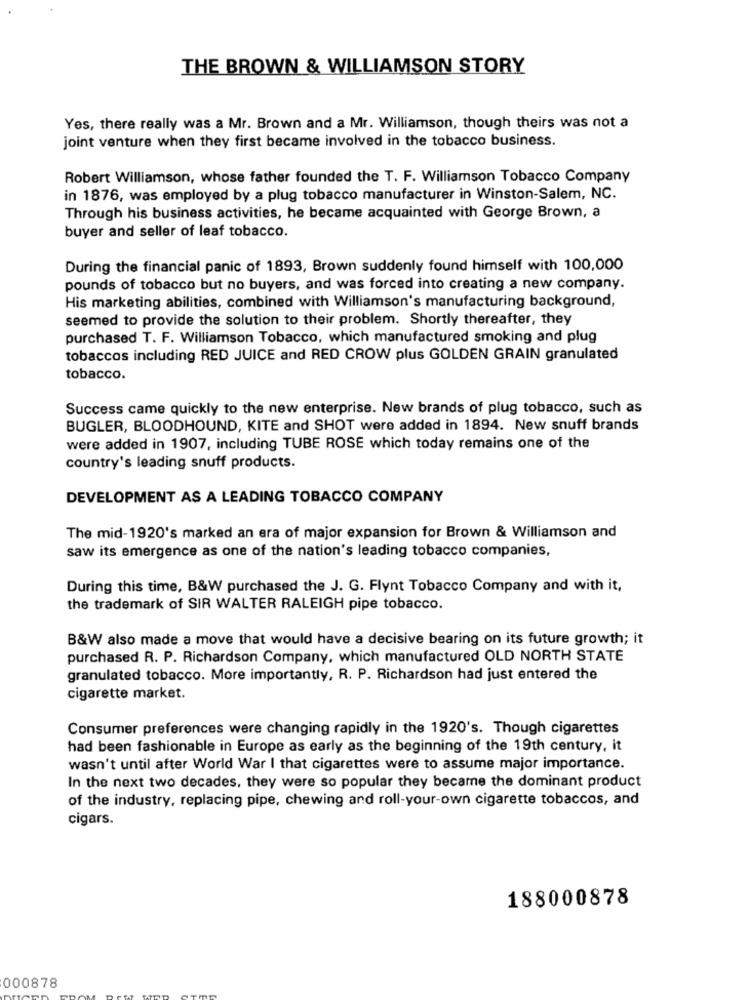
THE BROWN & WILLIAMSON STORY
Yes, there really was a Mr. Brown and a Mr. Williamson, though theirs was not a
joint venture when they first became involved in the tobacco business.
Robert Williamson, whose father founded the T. F. Williamson Tobacco Company
in 1876, was employed by a plug tobacco manufacturer in Winston-Salem, NC.
Through his business activities, he became acquainted with George Brown, a
buyer and seller of leaf tobacco.
During the financial panic of 1893, Brown suddenly found himself with 100,000
pounds of tobacco but no buyers, and was forced into creating a new company.
His marketing abilities, combined with Williamson's manufacturing background,
seemed to provide the solution to their problem. Shortly thereafter, they
purchased T. F. Williamson Tobacco, which manufactured smoking and plug
tobaccos including RED JUICE and RED CROW plus GOLDEN GRAIN granulated
tobacco.
Success came quickly to the new enterprise. New brands of plug tobacco, such as
BUGLER, BLOODHOUND, KITE and SHOT were added in 1894. New snuff brands
were added in 1907, including TUBE ROSE which today remains one of the
country's leading snuff products.
DEVELOPMENT AS A LEADING TOBACCO COMPANY
The mid-1920's marked an era of major expansion for Brown & Williamson and
saw its emergence as one of the nation's leading tobacco companies,
During this time, B&W purchased the J. G. Flynt Tobacco Company and with it,
the trademark of SIR WALTER RALEIGH pipe tobacco.
B&W also made a move that would have a decisive bearing on its future growth; it
purchased R. P. Richardson Company, which manufactured OLD NORTH STATE
granulated tobacco. More importantly, R. P. Richardson had just entered the
cigarette market.
Consumer preferences were changing rapidly in the 1920's. Though cigarettes
had been fashionable in Europe as early as the beginning of the 19th century, it
wasn't until after World War I that cigarettes were to assume major importance.
In the next two decades, they were so popular they became the dominant product
of the industry, replacing pipe, chewing and roll-your-own cigarette tobaccos, and
cigars.
188000878
000878